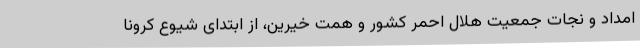
امداد و نجات جمعیت هلال احمر کشور و همت خیرین، از ابتدای شیوع کرونا